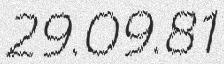
29.09.81